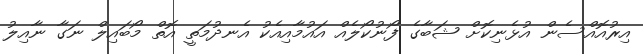
އިރުއޮއްސެން އުޅެނިކޮށް ޝަބާގެ ފޯނުކޯލެއް އައުމާއިއެކު އެނދުމަތީ އޮތް މޯބައިލް ނަގާ ނާއިލު